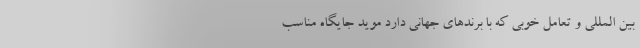
بین ‌المللی و تعامل خوبی که با برندهای جهانی دارد موید جایگاه مناسب